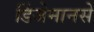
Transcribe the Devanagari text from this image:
डिंजेमानसे